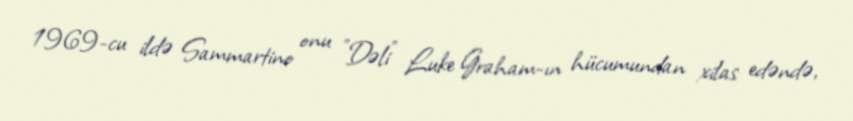
1969-cu ildə Sammartino onu "Dəli" Luke Graham-ın hücumundan xilas edəndə,